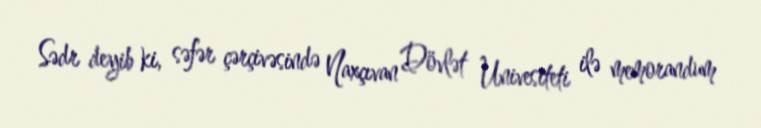
Sədr deyib ki, səfər çərçivəsində Naxçıvan Dövlət Univesiteti ilə memorandum